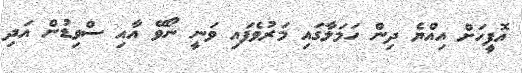
އޮފީހަށް އިއްޔެ ދިން ހަމަލާގައި މަރުވެފައި ވަނީ ނޯވޭ އާއި ސްވިޑުން އަދި